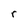
Character: r